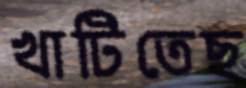
খাটিতেছ